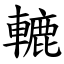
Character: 轆